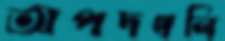
অপদখলি